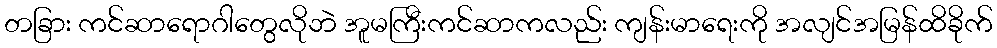
တခြား ကင်ဆာရောဂါတွေလိုဘဲ အူမကြီးကင်ဆာကလည်း ကျန်းမာရေးကို အလျင်အမြန်ထိခိုက်